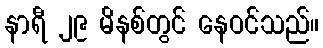
နာရီ ၂၉ မိနစ်တွင် နေဝင်သည်။